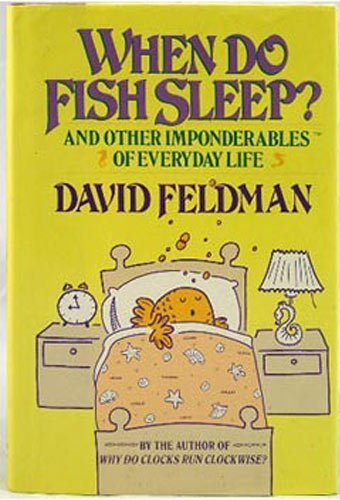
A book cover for When Do Fish Sleep: And Other Imponderables of Everyday Life; David Feldman; Reference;